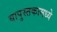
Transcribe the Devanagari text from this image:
यापुस्तकामध्ये